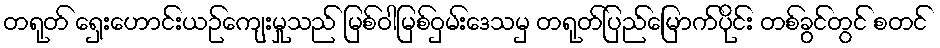
တရုတ် ရှေးဟောင်းယဉ်ကျေးမှုသည် မြစ်ဝါမြစ်ဝှမ်းဒေသမှ တရုတ်ပြည်မြောက်ပိုင်း တစ်ခွင်တွင် စတင်